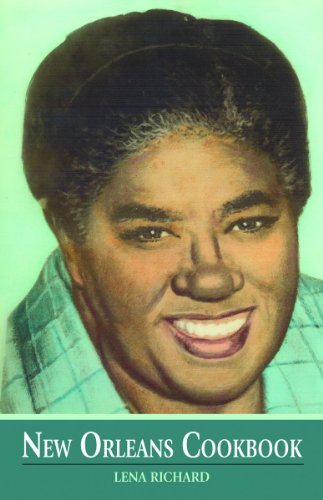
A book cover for New Orleans Cookbook; Lena Richard; Cookbooks, Food & Wine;